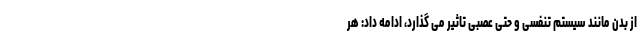
از بدن مانند سیستم تنفسی و حتی عصبی تاثیر می گذارد، ادامه داد: هر